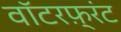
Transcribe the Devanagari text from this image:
वाॅटरफ़्रंट